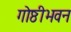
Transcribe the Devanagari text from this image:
गोष्ठीभवन